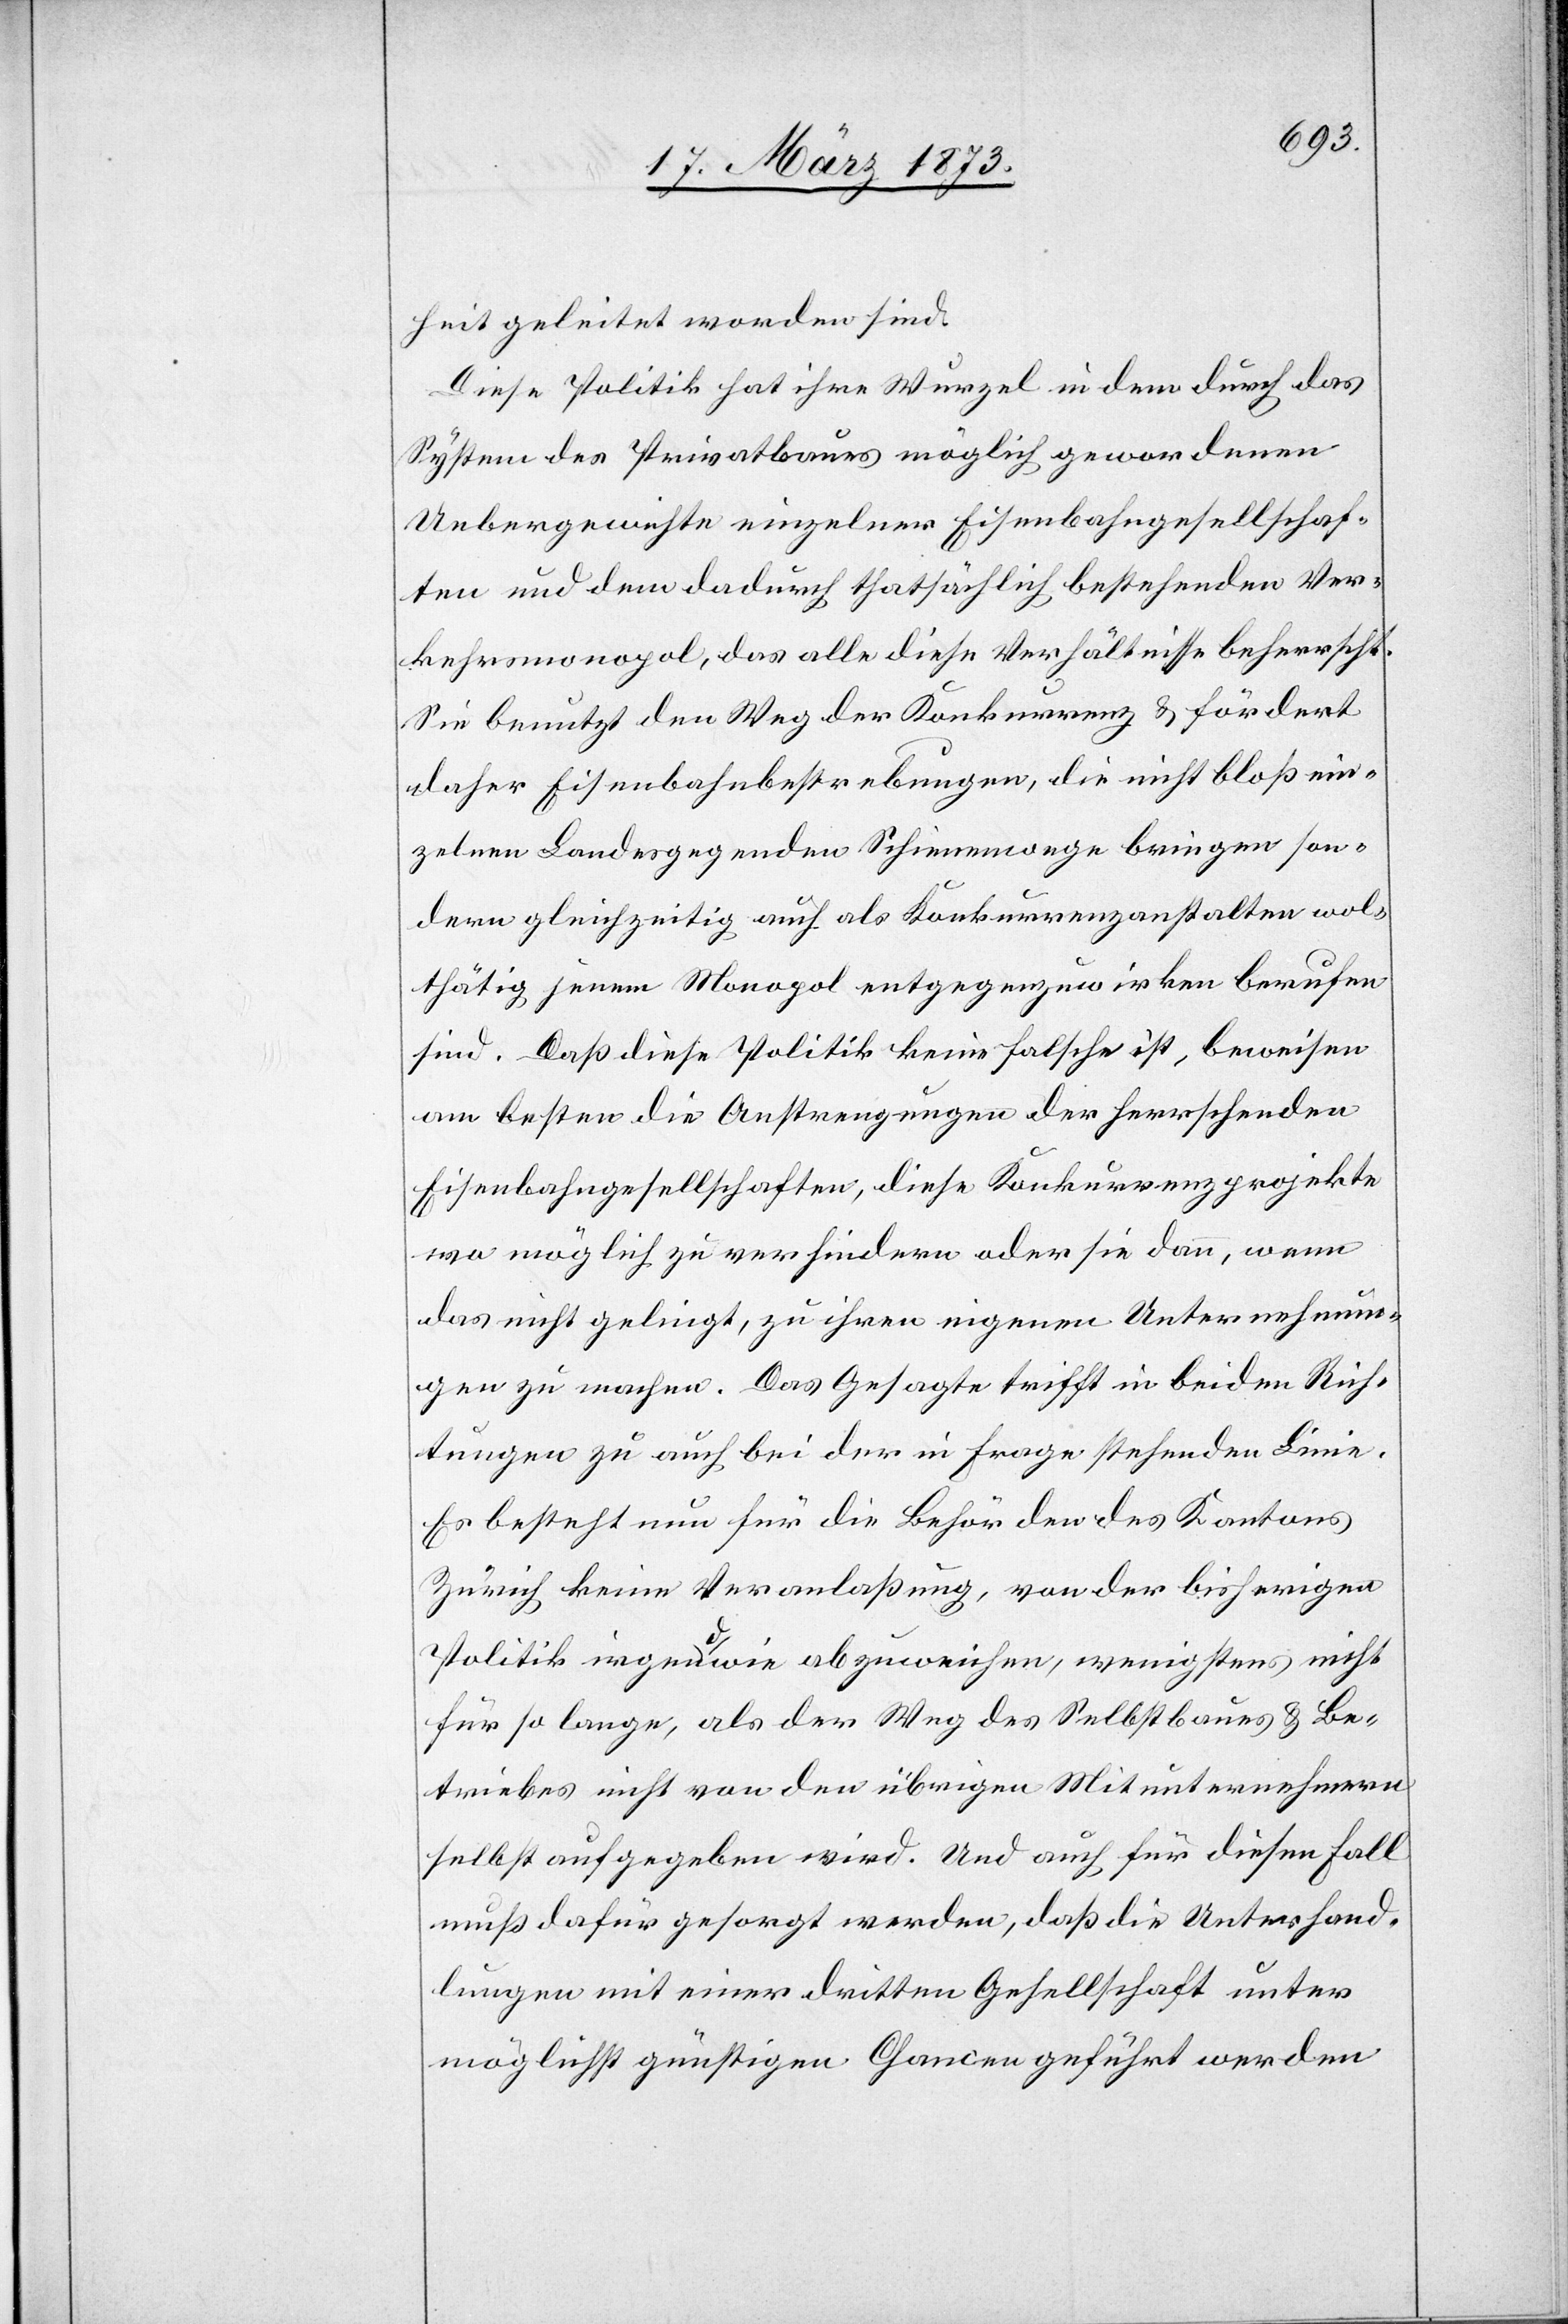
heit geleitet worden sind.
Diese Politik hat ihre Wurzel in dem durch das
System des Privatbaues möglich gewordenen
Uebergewichte einzelner Eisenbahngesellschaf¬
ten und dem dadurch thatsächlich bestehenden Ver¬
kehrsmonopol, das alle diese Verhältnisse beherrscht.
Sie benutzt den Weg der Konkurrenz u. fördert
daher Eisenbahnbestrebungen, die nicht bloß ein¬
zelnen Landesgegenden Schienenwege bringen son¬
dern gleichzeitig auch als Konkurrenzanstalten wol¬
thätig jenem Monopol entgegenzuwirken berufen
sind. Daß diese Politik keine falsche ist, beweisen
am besten die Anstrengungen der herrschenden
Eisenbahngesellschaften, diese Konkurrenzprojekte
wo möglich zu verhindern oder sie dann, wenn
das nicht gelingt, zu ihren eigenen Unternehmun¬
gen zu machen. Das Gesagte trifft in beiden Rich¬
tungen zu auch bei der in Frage stehenden Linie.
Es besteht nun für die Behörden des Kantons
Zürich keine Veranlaßung, von der bisherigen
Politik irgendwie abzuweichen, wenigstens nicht
für so lange, als der Weg des Selbstbaues u. Be¬
triebes nicht von den übrigen Mitunternehmern
selbst aufgegeben wird. Und auch für diesen Fall
muß dafür gesorgt werden, daß die Unterhand¬
lungen mit einer dritten Gesellschaft unter
möglichst günstigen Chancen geführt werden